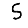
Digit: 5